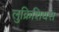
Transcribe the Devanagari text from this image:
लुक्रिशियस